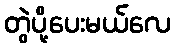
တွဲပို့ပေးမယ်လေ